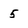
Character: 5